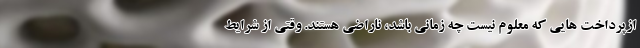
ازپرداخت هایی که معلوم نیست چه زمانی باشد، ناراضی هستند. وقتی از شرایط